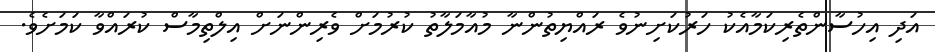
އަދި އިހުސާންތެރިކަމާއެކު ހަރުކަށިނުވެ ރައްޔިތުންނާ މުއާމަލާތު ކުރުމަށް ވެރިންނަށް އިލްތިމާސް ކުރައްވާ ކަމަށެވެ.